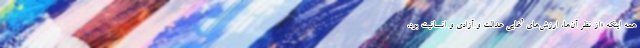
همه اینکه «از نظر آن‌ها، ارزش‌های ’غایی عدالت و آزادی و انسانیت بود،